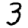
Digit: 3